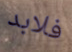
فلابد